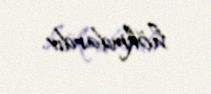
hökmdardır.